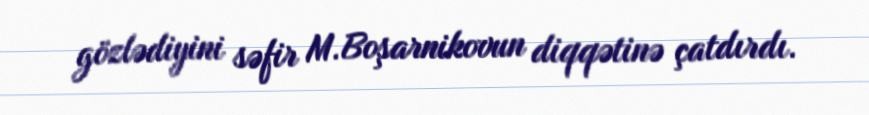
gözlədiyini səfir M.Boşarnikovun diqqətinə çatdırdı.